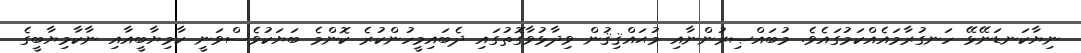
ނިޔާކަނޑަނޭޅޭ ހަނގުރާމައެއްކަމުގައެވެ. މުބައްޞިރުންނާއި މުޙައްޤިޤުން ވިދާޅުވާގޮތުގައި ދެބައިމީހުންކުރެ ކޮންމެ ބަޔަކުވެސްވަނީ ކާމިޔާބީއާއި ނާކާމިޔާބީގެ